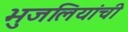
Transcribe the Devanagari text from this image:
भुजलियांची